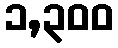
၁,၃၀၀